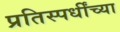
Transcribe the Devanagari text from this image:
प्रतिस्पर्धींच्या